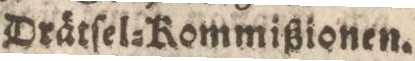
Drätſel=Kommißionen.